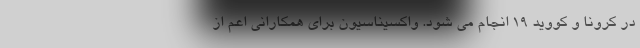
در کرونا و کووید ۱۹ انجام می شود. واکسیناسیون برای همکارانی اعم از